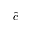
\hat { c }